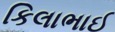
કિલાભાઈ